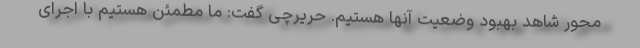
محور شاهد بهبود وضعیت آنها هستیم. حریرچی گفت: ما مطمئن هستیم با اجرای